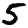
Digit: 5